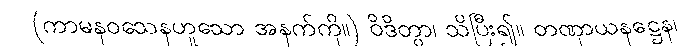
(ကာမနဝသေနဟူသော အနက်ကို။) ဝိဒိတွာ၊ သိပြီး၍။ တဏှာယနဋ္ဌေန၊